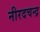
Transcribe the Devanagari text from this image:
नीरदचन्द्र